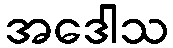
အဒေါသ